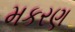
મકરણ